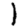
Digit: 1